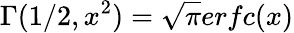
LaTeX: \Gamma(1/2,x^{2})=\sqrt{\pi}erfc(x)